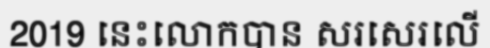
2019 នេះលោកបាន សរសេរលើ